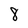
Character: 8